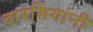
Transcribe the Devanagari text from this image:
दारसिंगांनी